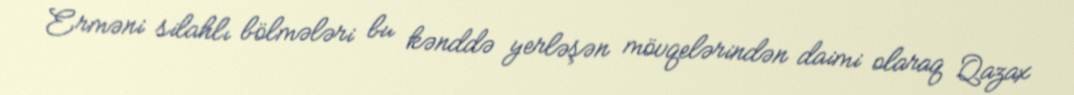
Erməni silahlı bölmələri bu kənddə yerləşən mövqelərindən daimi olaraq Qazax